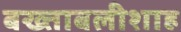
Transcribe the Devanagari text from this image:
बख्ताबलीशाह